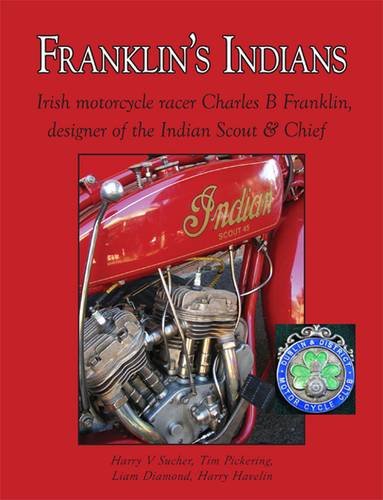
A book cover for Franklin's Indians: Charles B. Franklin, Designer of the Indian Scout and Chief & Irish Motorcycle Racer. Harry V. Sucher ... [Et Al.]; Harry V. Sucher; Sports & Outdoors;